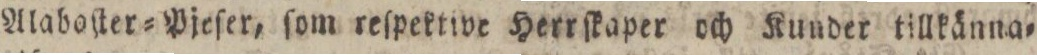
Alaboſter=Pjeſer, ſom reſpektive Herrſkaper och Kunder tillkänna=